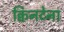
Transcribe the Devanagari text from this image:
क्विनटेना